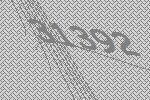
31392